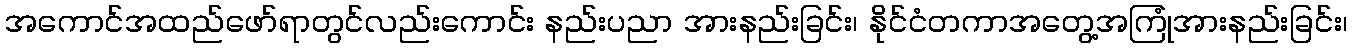
အကောင်အထည်ဖော်ရာတွင်လည်းကောင်း နည်းပညာ အားနည်းခြင်း၊ နိုင်ငံတကာအတွေ့အကြုံအားနည်းခြင်း၊